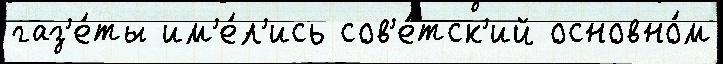
газ'е́ты им'е́л'ись сов'е́тск'ий основно́м